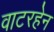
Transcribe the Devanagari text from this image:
वाटरहेन